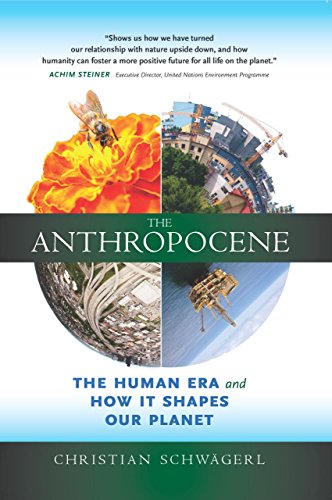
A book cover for The Anthropocene: The Human Era and How It Shapes Our Planet; Christian SchwÃ¤gerl; Business & Money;